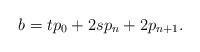
LaTeX: \begin{align*}b = t p_0 + 2s p_n + 2p_{n+1} .\end{align*}